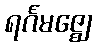
ရင်္ဂမဇ္ဈေ